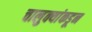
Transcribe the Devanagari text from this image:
चालुक्यांकडून